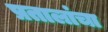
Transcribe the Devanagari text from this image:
प्रतालांचा